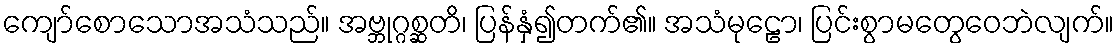
ကျော်စောသောအသံသည်။ အဗ္ဘုဂ္ဂစ္ဆတိ၊ ပြန်နှံ၍တက်၏။ အသံမုဠော၊ ပြင်းစွာမတွေဝေဘဲလျက်။